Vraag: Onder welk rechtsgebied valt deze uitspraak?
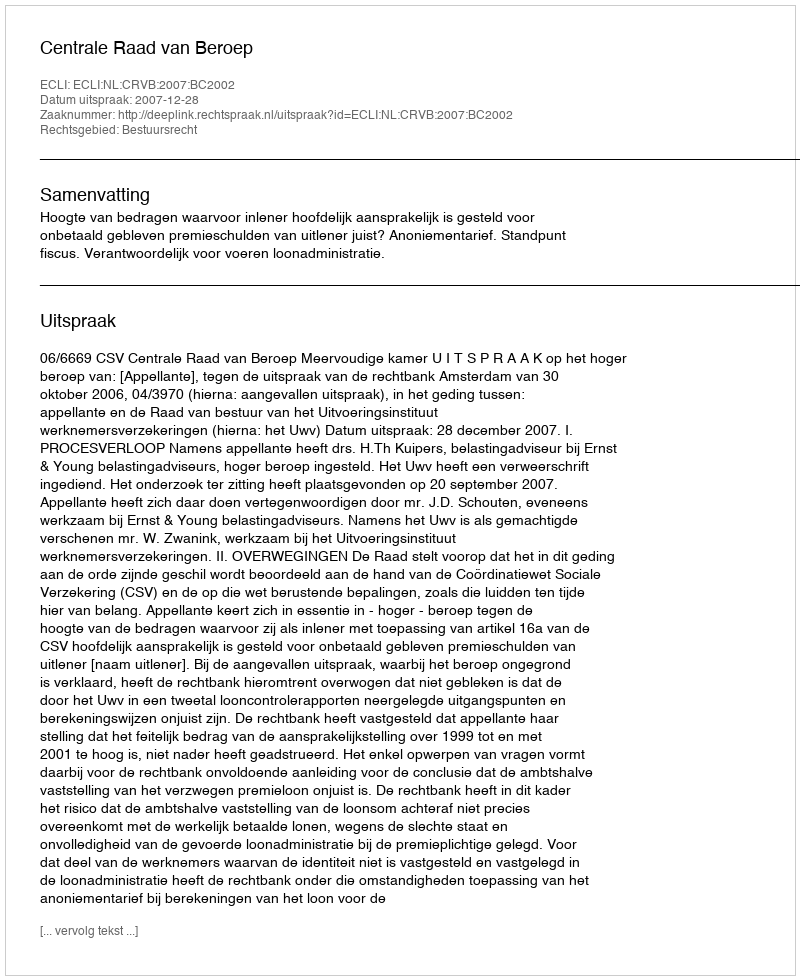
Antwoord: Bestuursrecht